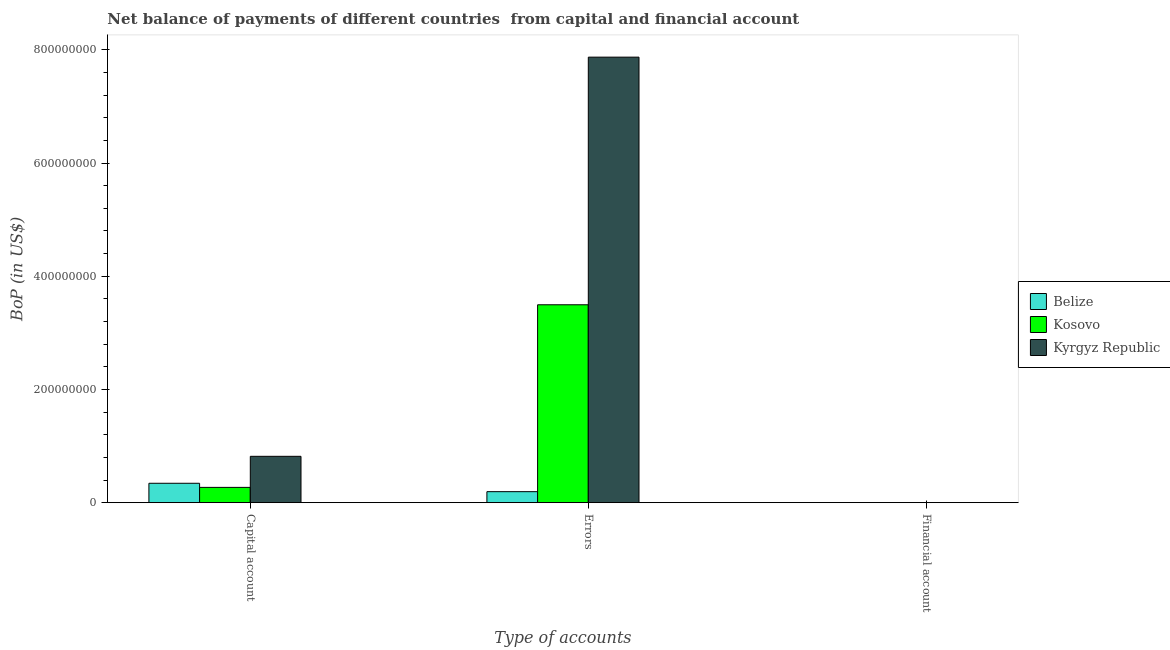
| Type of accounts | Belize | Kosovo | Kyrgyz Republic |
 | --- | --- | --- | --- |
 | Capital account | 3.42e+07 | 2.7e+07 | 8.19e+07 |
 | Errors | 1.94e+07 | 3.5e+08 | 7.87e+08 |
 | Financial account | -8.22e+07 | -1.88e+08 | -9.19e+08 |